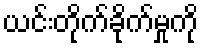
ယင်းတိုက်ခိုက်မှုကို